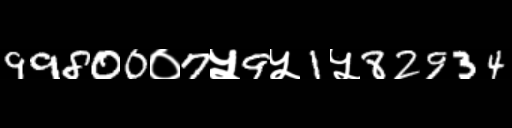
Text: 99800०7५9५1५82934